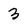
Character: 3